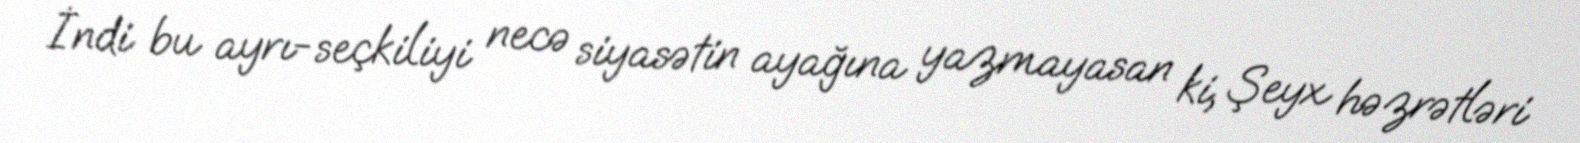
İndi bu ayrı-seçkiliyi necə siyasətin ayağına yazmayasan ki, Şeyx həzrətləri